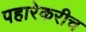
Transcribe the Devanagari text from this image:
पहारेकरीच